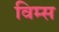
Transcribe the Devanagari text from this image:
विम्स